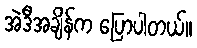
အဲဒီအချိန်က ပြောပါတယ်။